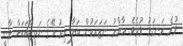
ވުރެ ރަނގަޅު ވުމެވެ. ޢާއްމު ނަޒަރަކުން ބަލާ އިރު އޭގެ ނަތީޖާއަކަށް ވާނީ